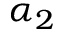
\alpha _ { 2 }